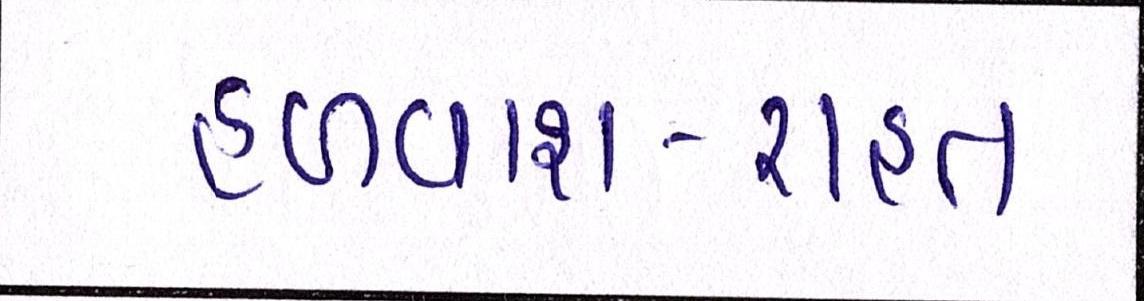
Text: હળવાશ-રાહત